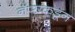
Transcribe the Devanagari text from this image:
नॅप्सकडून